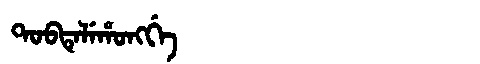
Manchu: ᡨᠣᠪᡨᡝᠯᡝᡥᠣᠩᡤᡝ
Romanization: TOBTELEHONGGE